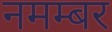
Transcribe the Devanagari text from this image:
नमम्बर